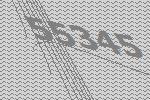
55345